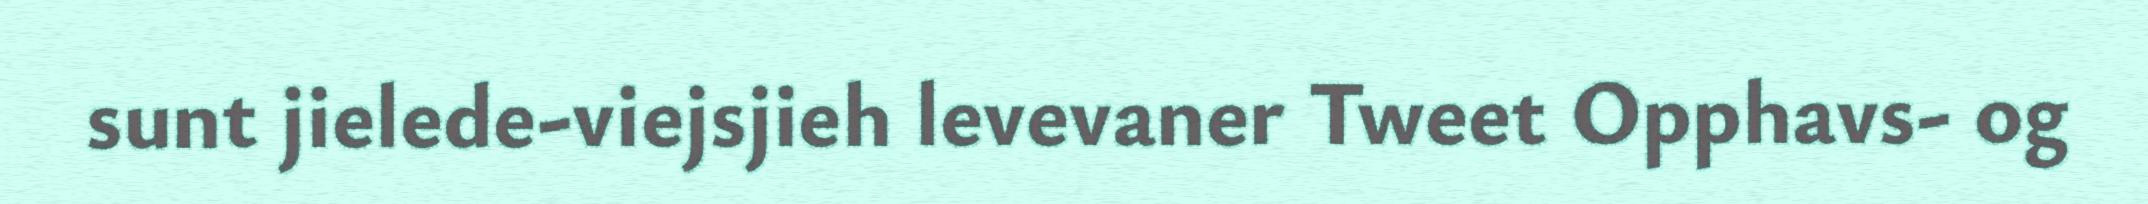
sunt jielede-viejsjieh levevaner Tweet Opphavs- og